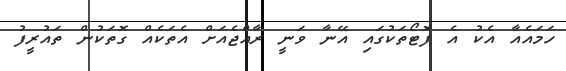
ހަމައެއާ އެކު އެ ފޮޓޯތަކުގައި އޭނާ ވަނީ ރާއްޖެއަށް އެތަކެއް ގޮތަކުން ތައުރީފު